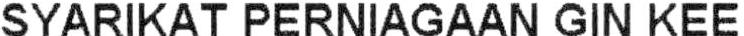
SYARIKAT PERNIAGAAN GIN KEE